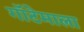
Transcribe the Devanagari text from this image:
गॉटेमाला